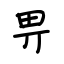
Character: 畀